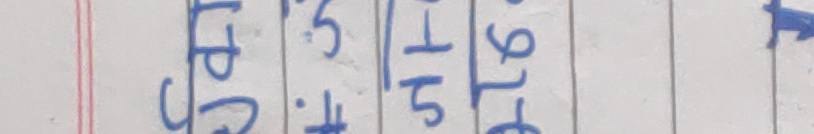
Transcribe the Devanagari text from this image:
८.५ १५ \
१७६